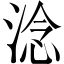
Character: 淰